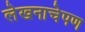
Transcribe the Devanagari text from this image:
लेखनाचेपण